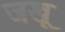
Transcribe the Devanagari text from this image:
जखू